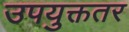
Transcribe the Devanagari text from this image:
उपयुक्ततर